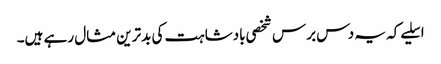
اسلیے کہ یہ دس برس شخصی بادشاہت کی بدترین مثال رہے ہیں۔